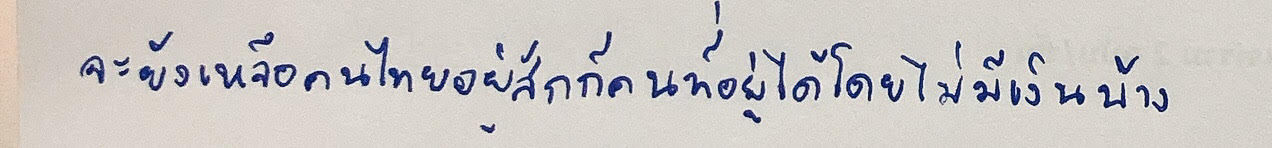
จะยังเหลือคนไทยอยู่สักกี่คนที่อยู่ได้โดยไม่มีเงินบ้าง